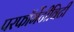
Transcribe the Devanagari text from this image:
परफॉर्मेटीविटी